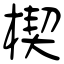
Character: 楔